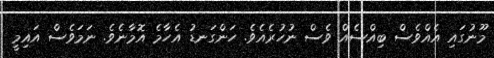
މޫނުގައި އެއްވެސް ބިއްސެއް ވެސް ނުހުރެއެވެ. ހަންގަނޑު އެހާމެ އޮމާނެވެ. ނަމަވެސް އައިމީ